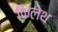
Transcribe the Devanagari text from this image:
किलेथ